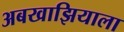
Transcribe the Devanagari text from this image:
अबखाझियाला